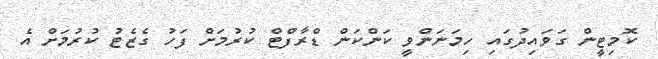
ކޮމިޓީން ގަވައިދުގައި ހިމަނަންވީ ކަންކަން ޑްރާފްޓް ކުރުމަށް ފަހު ގެޒެޓު ކުރުމަށް އެ